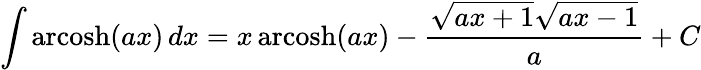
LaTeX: \int\operatorname{arcosh}(ax)\, dx=x\operatorname{arcosh}(ax)-{\frac{{\sqrt{ax+1}}{\sqrt{ax-1}}}{a}}+C